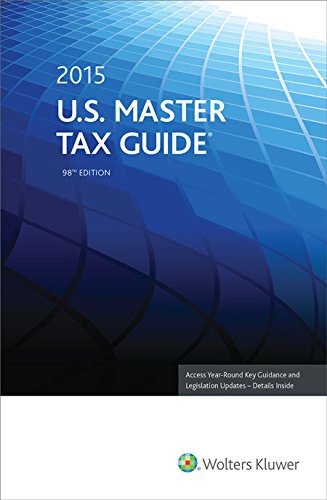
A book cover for U.S. Master Tax Guide (2015); CCH Tax Law Editors; Business & Money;